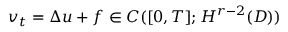
v _ { t } = \Delta u + f \in C ( [ 0 , T ] ; H ^ { r - 2 } ( D ) )